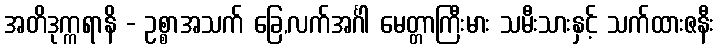
အတိဒုက္ကရာနိ - ဥစ္စာအသက် ခြေ,လက်အင်္ဂါ မေတ္တာကြီးမား သမီးသားနှင့် သက်ထားဇနီး